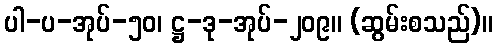
ပါ-ပ-အုပ်-၅၀၊ ဋ္ဌ-ဒု-အုပ်-၂၀၉။ (ဆွမ်းစသည်)။